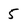
Character: 5